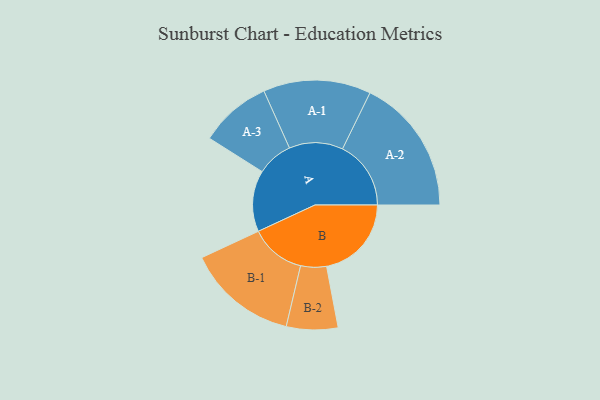
{"axis": {"x": "Segment", "y": "Value"}, "legend": ["", "A", "B"], "data": [{"x": "A", "y": 264, "type": ""}, {"x": "B", "y": 366, "type": ""}, {"x": "A-1", "y": 232, "type": "A"}, {"x": "A-2", "y": 295, "type": "A"}, {"x": "A-3", "y": 155, "type": "A"}, {"x": "B-1", "y": 239, "type": "B"}, {"x": "B-2", "y": 111, "type": "B"}]}